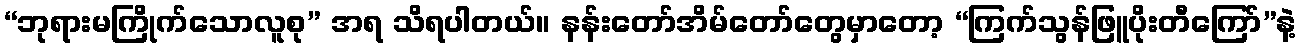
“ဘုရားမကြိုက်သောလူစု” အရ သိရပါတယ်။ နန်းတော်အိမ်တော်တွေမှာတော့ “ကြက်သွန်ဖြူပိုးတီကြော်”နဲ့